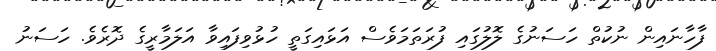
ފާހާނައިން ނުކުތް ހަސަނުގެ ލޮލުގައި ފުރަތަމަވެސް އަޅައިގަތީ ހުޅުވިފައިވާ އަލަމާރީގެ ދޮރެވެ. ހަސަނު